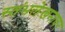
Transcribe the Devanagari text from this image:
स्तंभलेखनावर